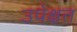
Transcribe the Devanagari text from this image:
उपेक्षत